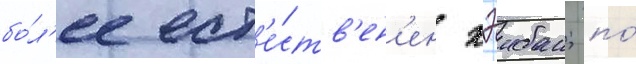
бо́л'ее ест'е́ств'ен'ен хэибан; по́